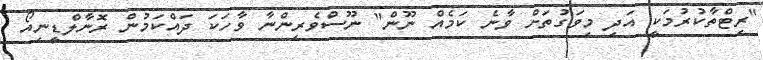
"ރިޓްތާކުރުމަކީ އަދި މިވަގުތަށް ވާނެ ކަމެއް ނޫން" ނޫސްވެރިންނާ ވާހަކަ ދައްކަމުން ރޮނާލްޑީނިއޯ